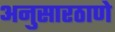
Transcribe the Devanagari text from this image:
अनुसारठाणे